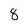
Character: 8